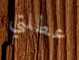
عطلتي